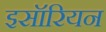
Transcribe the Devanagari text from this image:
इसॉरियन